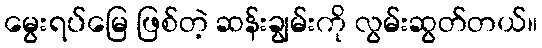
မွေးရပ်မြေ ဖြစ်တဲ့ ဆန်းချွမ်းကို လွမ်းဆွတ်တယ်။